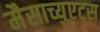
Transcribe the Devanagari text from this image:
मैसाच्युएट्स